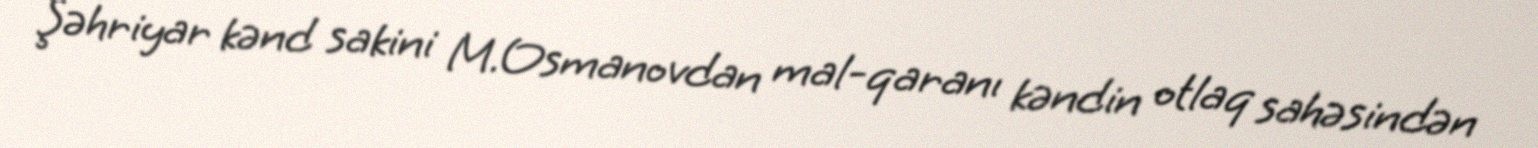
Şəhriyar kənd sakini M.Osmanovdan mal-qaranı kəndin otlaq sahəsindən